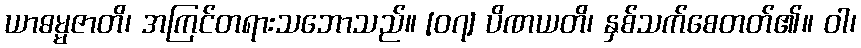
ယာဓမ္မဇာတိ၊ အကြင်တရားသဘောသည်။ [၀၇] ပိဏယတိ၊ နှစ်သက်စေတတ်၏။ ဝါ၊